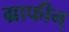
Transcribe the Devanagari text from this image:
ग्राफीन्